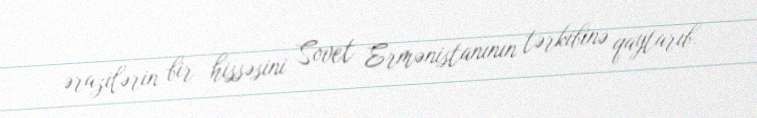
ərazilərin bir hissəsini Sovet Ermənistanının tərkibinə qaytarıb.